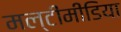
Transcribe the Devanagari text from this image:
मल्टींमीडिया